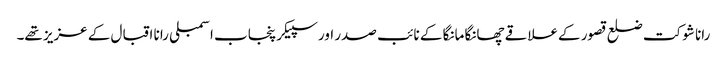
رانا شوکت ضلع قصور کےعلاقے چھانگا مانگا کے نائب صدر اور سپیکر پنجاب اسمبلی رانا اقبال کے عزیز تھے۔